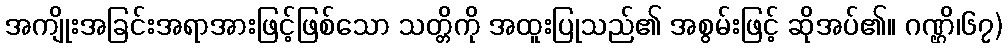
အကျိုးအခြင်းအရာအားဖြင့်ဖြစ်သော သတ္တိကို အထူးပြုသည်၏ အစွမ်းဖြင့် ဆိုအပ်၏။ ဂဏ္ဌိ၊၆၇)